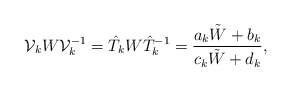
\begin{align*}{\cal V}_k W {\cal V}_k^{-1}= \hat T_k W {\hat T_k}^{-1}={a_k\tilde W +b_k\over c_k\tilde W+d_k}, \end{align*}